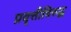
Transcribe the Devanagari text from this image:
प्रवृत्तीविरुद्ध